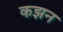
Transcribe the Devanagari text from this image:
कझन